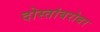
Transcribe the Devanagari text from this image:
दोस्तांबरोबर